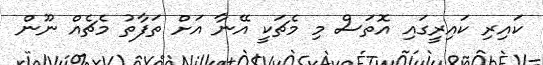
ކައިރި ކައިރީގައި އޮތަސް މި މެޗަކީ އޭނާ އަށް ތަފާތު މެޗެއް ނޫން